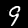
Digit: 9